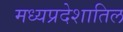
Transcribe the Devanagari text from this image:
मध्यप्रदेशातिल